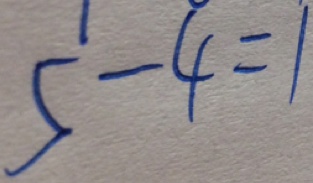
5 - 4 = 1